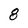
Character: 8